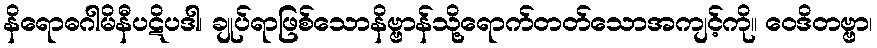
နိရောဓဂါမိနီပဋိပဒါ၊ ချုပ်ရာဖြစ်သောနိဗ္ဗာန်သို့ရောက်တတ်သောအကျင့်ကို။ ဝေဒိတဗ္ဗာ၊